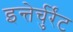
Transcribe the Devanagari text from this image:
इन्तेर्चुर्रेंट